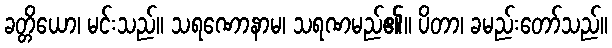
ခတ္တိယော၊ မင်းသည်။ သရဏောနာမ၊ သရဏမည်၏။ ပိတာ၊ ခမည်းတော်သည်။